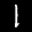
Label: 1